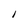
Character: I